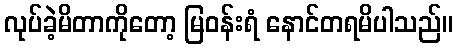
လုပ်ခဲ့မိတာကိုတော့ မြဝန်းရံ နောင်တရမိပါသည်။